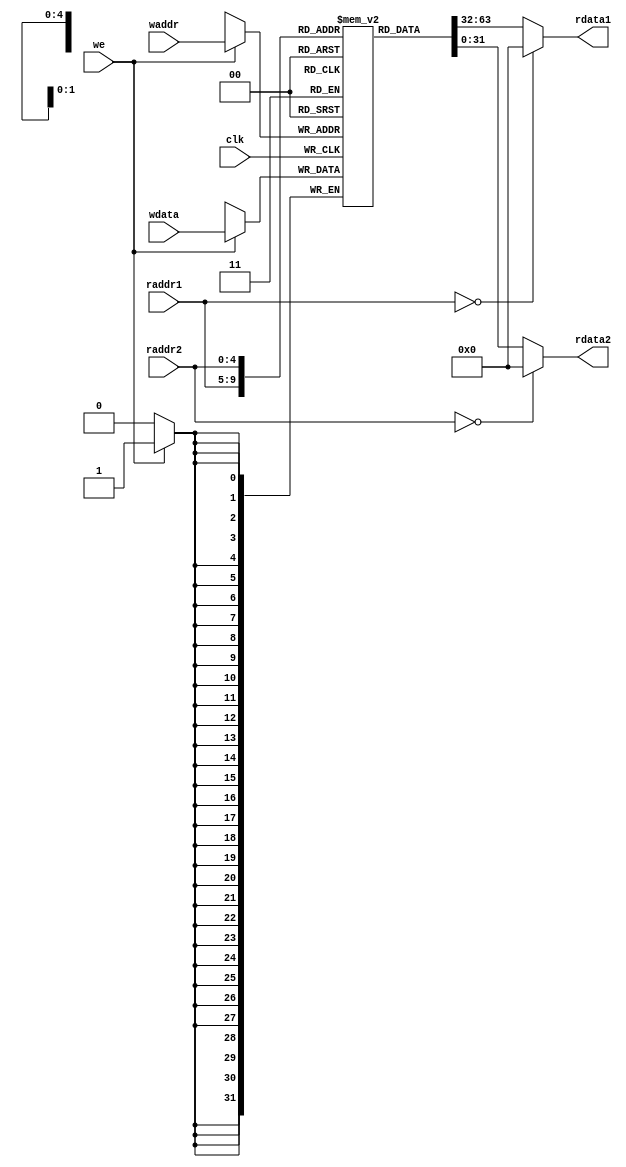
module regfile(
    input  wire        clk,
    // READ PORT 1
    input  wire [ 4:0] raddr1,
    output wire [31:0] rdata1,
    // READ PORT 2
    input  wire [ 4:0] raddr2,
    output wire [31:0] rdata2,
    // WRITE PORT
    input  wire        we,       //write enable, HIGH valid
    input  wire [ 4:0] waddr,
    input  wire [31:0] wdata
);
reg [31:0] rf[31:0];
integer i;

initial begin
    for(i = 0; i < 32;i = i + 1)
        rf[i] = 32'b0;
end

//WRITE
always @(posedge clk) begin
    if (we) rf[waddr] <= wdata;
end

//READ OUT 1
assign rdata1 = (raddr1==5'b0) ? 32'b0 : rf[raddr1];

//READ OUT 2
assign rdata2 = (raddr2==5'b0) ? 32'b0 : rf[raddr2];

endmodule